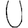
Digit: 0